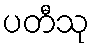
ပတီသု